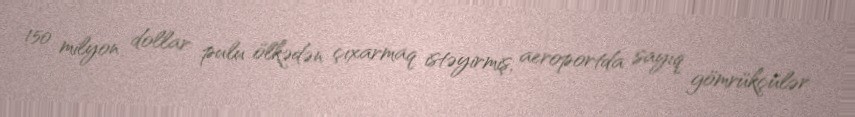
150 milyon dollar pulu ölkədən çıxarmaq istəyirmiş, aeroportda sayıq gömrükçülər